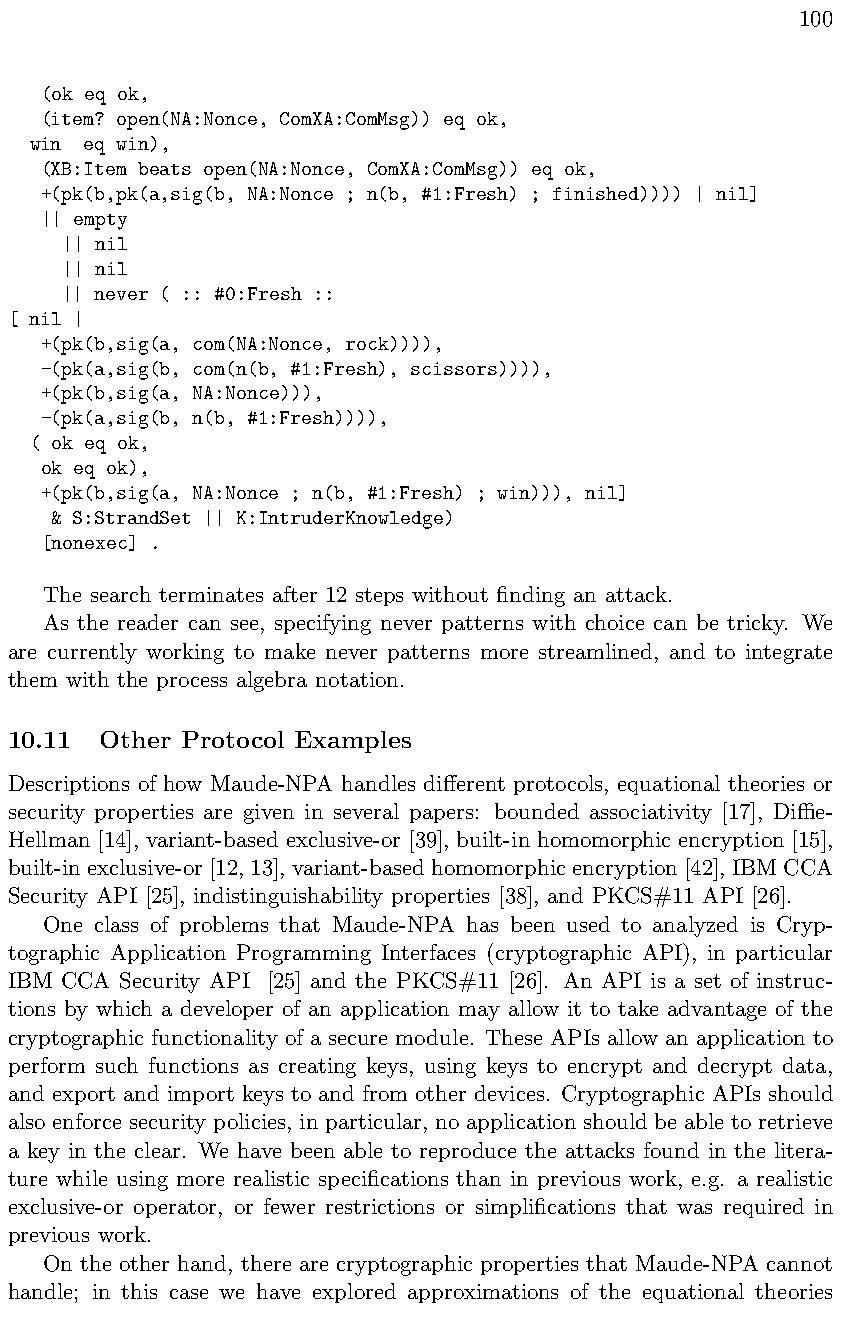
100
 (ok eq ok,
 (item? open(NA:Nonce, ComXA:ComMsg)) eq ok,
 win eq win),
 (XB:Item beats open(NA:Nonce, ComXA:ComMsg)) eq ok,
 +(pk(b,pk(a,sig(b, NA:Nonce ; n(b, #1:Fresh) ; finished)))) | nil]
 || empty
 || nil
 || nil
 || never ( :: #0:Fresh ::
 [ nil |
 +(pk(b,sig(a, com(NA:Nonce, rock)))),
 -(pk(a,sig(b, com(n(b, #1:Fresh), scissors)))),
 +(pk(b,sig(a, NA:Nonce))),
 -(pk(a,sig(b, n(b, #1:Fresh)))),
 ( ok eq ok,
 ok eq ok),
 +(pk(b,sig(a, NA:Nonce ; n(b, #1:Fresh) ; win))), nil]
 & S:StrandSet || K:IntruderKnowledge)
 [nonexec] .
 The search terminates after 12 steps without finding an attack.
 As the reader can see, specifying never patterns with choice can be tricky. We
 are currently working to make never patterns more streamlined, and to integrate
 them with the process algebra notation.
 10.11 Other Protocol Examples
 Descriptions of how Maude-NPA handles di↵erent protocols, equational theories or
 security properties are given in several papers: bounded associativity [17], Die-
 Hellman [14], variant-based exclusive-or [39], built-in homomorphic encryption [15],
 built-inexclusive-or[12,13], variant-basedhomomorphicencryption[42], IBMCCA
 Security API [25], indistinguishability properties [38], and PKCS#11 API [26].
 One class of problems that Maude-NPA has been used to analyzed is Cryp-
 tographic Application Programming Interfaces (cryptographic API), in particular
 IBM CCA Security API [25] and the PKCS#11 [26]. An API is a set of instruc-
 tions by which a developer of an application may allow it to take advantage of the
 cryptographic functionality of a secure module. These APIs allow an application to
 perform such functions as creating keys, using keys to encrypt and decrypt data,
 and export and import keys to and from other devices. Cryptographic APIs should
 also enforce security policies, in particular, no application should be able to retrieve
 a key in the clear. We have been able to reproduce the attacks found in the litera-
 ture while using more realistic specifications than in previous work, e.g. a realistic
 exclusive-or operator, or fewer restrictions or simplifications that was required in
 previous work.
 On the other hand, there are cryptographic properties that Maude-NPA cannot
 handle; in this case we have explored approximations of the equational theories